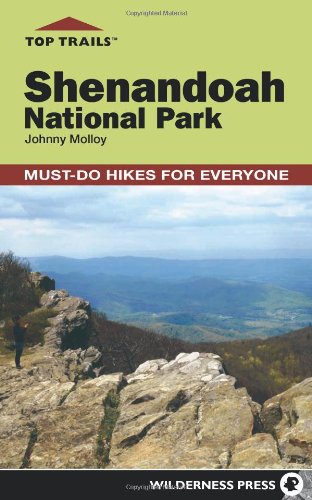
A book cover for Top Trails: Shenandoah National Park: Must-Do Hikes for Everyone; Johnny Molloy; Health, Fitness & Dieting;